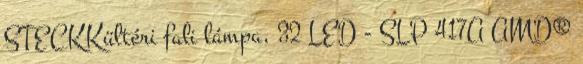
STECKKültéri fali lámpa, 32 LED - SLP 417A AMD®